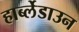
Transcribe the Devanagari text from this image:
हार्ब्लेडाउन